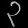
Digit: ၃